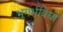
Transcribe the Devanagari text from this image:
भूगर्भविद्या